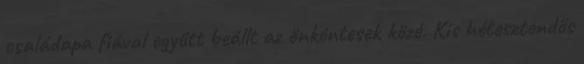
családapa fiával együtt beállt az önkéntesek közé. Kis hétesztendős